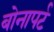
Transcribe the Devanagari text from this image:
बोनापर्ट